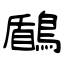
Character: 鶞